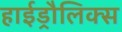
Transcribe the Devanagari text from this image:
हाईड्रौलिक्स